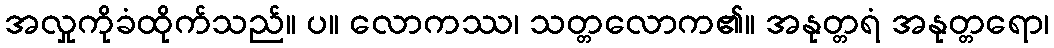
အလှုကိုခံထိုက်သည်။ ပ။ လောကဿ၊ သတ္တလောက၏။ အနုတ္တရံ အနုတ္တရော၊